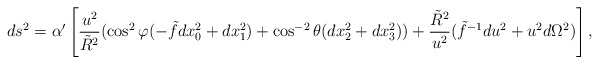
\begin{align*}ds^2= \alpha'\left [\frac{u^2}{\tilde{R}^2}(\cos^{2}\varphi (- \tilde{f}dx_0^2 + dx_1^2) + \cos^{-2}\theta (dx_2^2+dx_3^2)) + \frac{\tilde{R}^2}{u^2}(\tilde{f}^{-1}du^2 +u^2 d\Omega^2)\right],\end{align*}